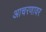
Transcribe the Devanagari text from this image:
आचरणावर